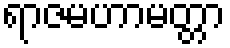
ရာဇမဟာမတ္တာ